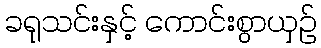
ခရုသင်းနှင့် ကောင်းစွာယှဉ်